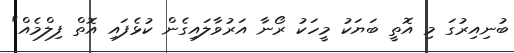
ބުނިއިރުގަ މި އޮތީ ބަޔަކު މީހަކު ރޯނާ އަރުވާލައިގެން ކުޅެފައި އޮތް ފިލްމެއް"